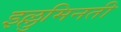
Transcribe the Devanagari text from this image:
इल्लुमिनती